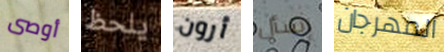
أوصى يلحظ أرون إسأل المهرجان